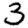
Digit: 3